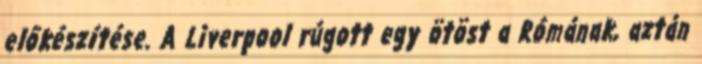
előkészítése. A Liverpool rúgott egy ötöst a Rómának, aztán